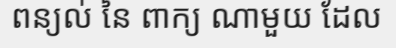
ពន្យល់ នៃ ពាក្យ ណាមួយ ដែល